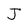
Character: J